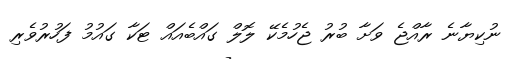
ނުކިޔާނެ ރާއްޖެ ވަށާ ބުރު ޖެހުމެކޭ ލޮލް ގައްބެއައް ޓަކާ ގައުމު ފަހުރުވެރި